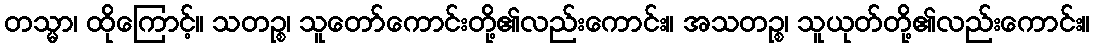
တသ္မာ၊ ထိုကြောင့်။ သတဉ္စ၊ သူတော်ကောင်းတို့၏လည်းကောင်း။ အသတဉ္စ၊ သူယုတ်တို့၏လည်းကောင်း။